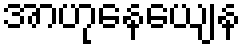
အာဟုနေယျေန